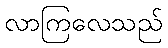
လာကြလေသည်